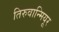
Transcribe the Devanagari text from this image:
तिरुवान्मियूर